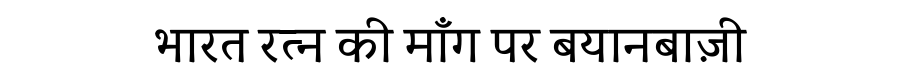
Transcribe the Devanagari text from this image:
भारत रत्न की माँग पर बयानबाज़ी